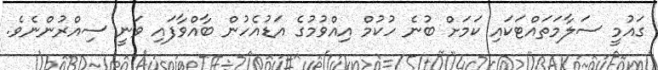
ގައުމީ ސަލާމަތައްޓަކައި ކަމަށް ބުނެ ހުކުމް އިއްވުމުގެ އަޑުއެހުން ބާއްވާފައި ވަނީ ސިއްރުންނެވެ.